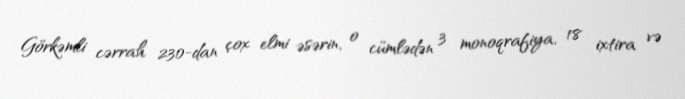
Görkəmli cərrah 230-dan çox elmi əsərin, o cümlədən 3 monoqrafiya, 18 ixtira və